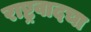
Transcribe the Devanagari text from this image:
राष्ट्रवादचा